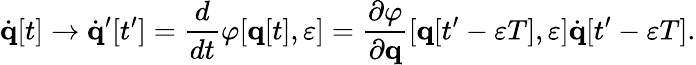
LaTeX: {\dot{\mathbf{q}}}[t]\rightarrow{\dot{\mathbf{q}}}^{\prime}[t^{\prime}]={\frac{d}{dt}}\varphi[\mathbf{q}[t],\varepsilon]={\frac{\partial\varphi}{\partial\mathbf{q}}}[\mathbf{q}[t^{\prime}-\varepsilon T],\varepsilon]{\dot{\mathbf{q}}}[t^{\prime}-\varepsilon T].